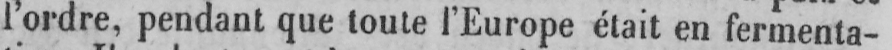
l’ordre, pendant que toute l’Europe était en fermenta-